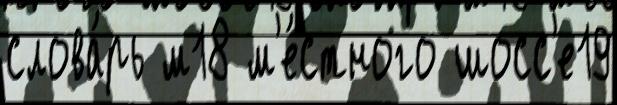
слова́рь м18 м'е́стного шосс'е19